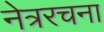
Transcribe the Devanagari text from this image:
नेत्ररचना